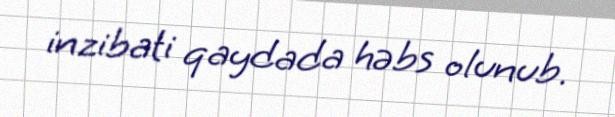
inzibati qaydada həbs olunub.